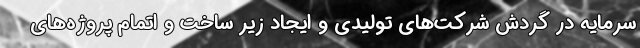
سرمایه در گردش شرکت‌های تولیدی و ایجاد زیر ساخت و اتمام پروژه‌های